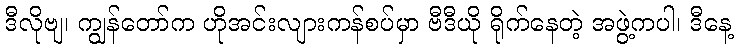
ဒီလိုဗျ၊ ကျွန်တော်က ဟိုအင်းလျားကန်စပ်မှာ ဗီဒီယို ရိုက်နေတဲ့ အဖွဲ့ကပါ၊ ဒီနေ့